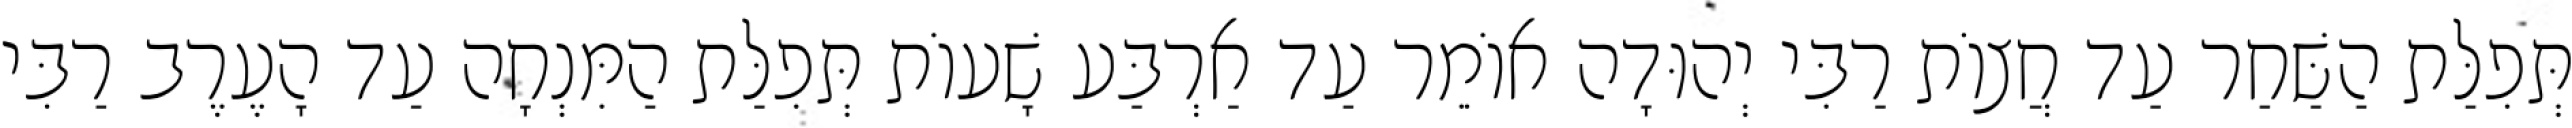
תְּפִלַּת הַשַּׁחַר עַד חֲצוֹת רַבִּי יְהוּדָה אוֹמֵר עַד אַרְבַּע שָׁעוֹת תְּפִלַּת הַמִּנְחָה עַד הָעֶרֶב רַבִּי